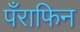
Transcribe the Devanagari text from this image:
पँराफिन